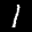
Label: 1